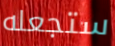
ستجعله